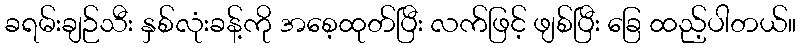
ခရမ်းချဉ်သီး နှစ်လုံးခန့်ကို အစေ့ထုတ်ပြီး လက်ဖြင့် ဖျစ်ပြီး ခြေ ထည့်ပါတယ်။